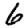
Digit: 6